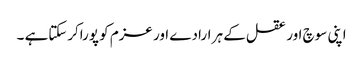
اپنی سوچ اور عقل کے ہر ارادے اور عزم کو پوراکرسکتاہے ۔